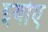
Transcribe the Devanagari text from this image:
इयोए